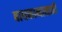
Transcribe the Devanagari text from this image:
बाधकामासाठी